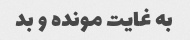
به غایت مونده و بد